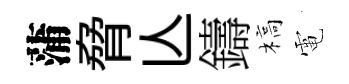
蒲脅亾鑄槁電